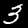
Digit: 3